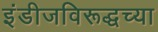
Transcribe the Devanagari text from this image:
इंडीजविरूद्धच्या